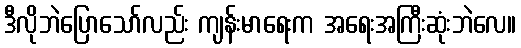
ဒီလိုဘဲပြောသော်လည်း ကျန်းမာရေးက အရေးအကြီးဆုံးဘဲလေ။